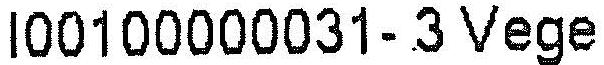
I00100000031- 3 VEGE